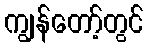
ကျွန်တော့်တွင်